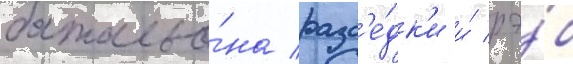
батальо́на разв'е́дк'и и́ рэ́б